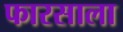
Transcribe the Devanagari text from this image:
फारसाला